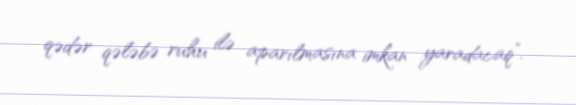
qədər qələbə ruhu ilə aparılmasına imkan yaradacaq”.